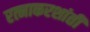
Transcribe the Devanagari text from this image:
रत्नाकरशांती